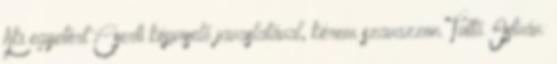
Aki egyetért Cserti képviselő javaslatával, kérem szavazzon. Tüttő István: